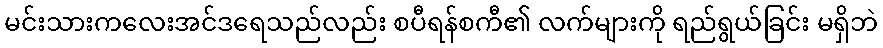
မင်းသားကလေးအင်ဒရေသည်လည်း စပီရန်စကီ၏ လက်များကို ရည်ရွယ်ခြင်း မရှိဘဲ